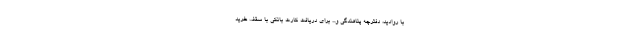
با روادید، دفترچه پناهندگی و... برای دریافت کارت بانکی با سقف خرید